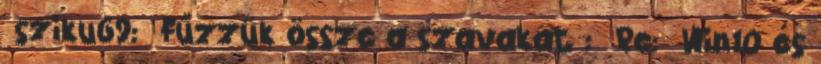
sziku69: Fűzzük össze a szavakat : Re: Win10 és